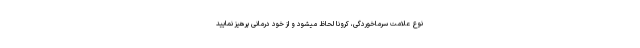
نوع علامت سرماخوردگی، کرونا لحاظ میشود و از خود درمانی پرهیز نمایید